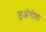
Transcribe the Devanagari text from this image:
मुजोरीला